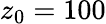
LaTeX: z_{0}=100